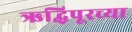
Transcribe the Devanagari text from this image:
ऋद्धिपूरच्या